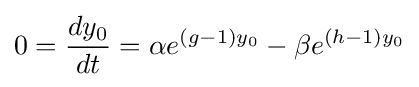
0={\frac {dy_{0}}{dt}}=\alpha e^{(g-1)y_{0}}-\beta e^{(h-1)y_{0}}